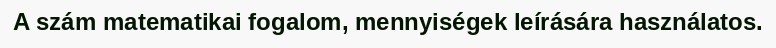
A szám matematikai fogalom, mennyiségek leírására használatos.